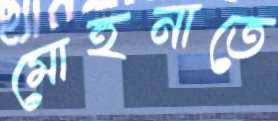
মোহনাতে